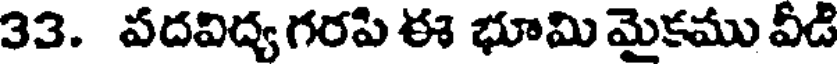
33. పదవిద్య గరపి ఈ భూమి మైకము వీడి